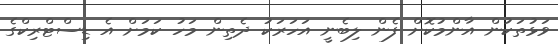
ވަޅުތަކުން އާންމުކޮށް ފެން ލިބެނީ އަހަރަކު ދެތިން މަހު ކަަމަށް އެ ޑިސްޓްރިކްގެ